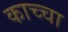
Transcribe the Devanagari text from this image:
काच्चा